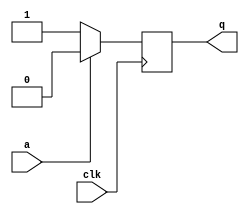
module top_module (
    input clk,
    input a,
    output q );

    always @(posedge clk) begin
        if (!a) begin
           q <= 1; 
        end else begin
            q <= 0;
        end
    end
    
endmodule